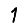
Digit: 1